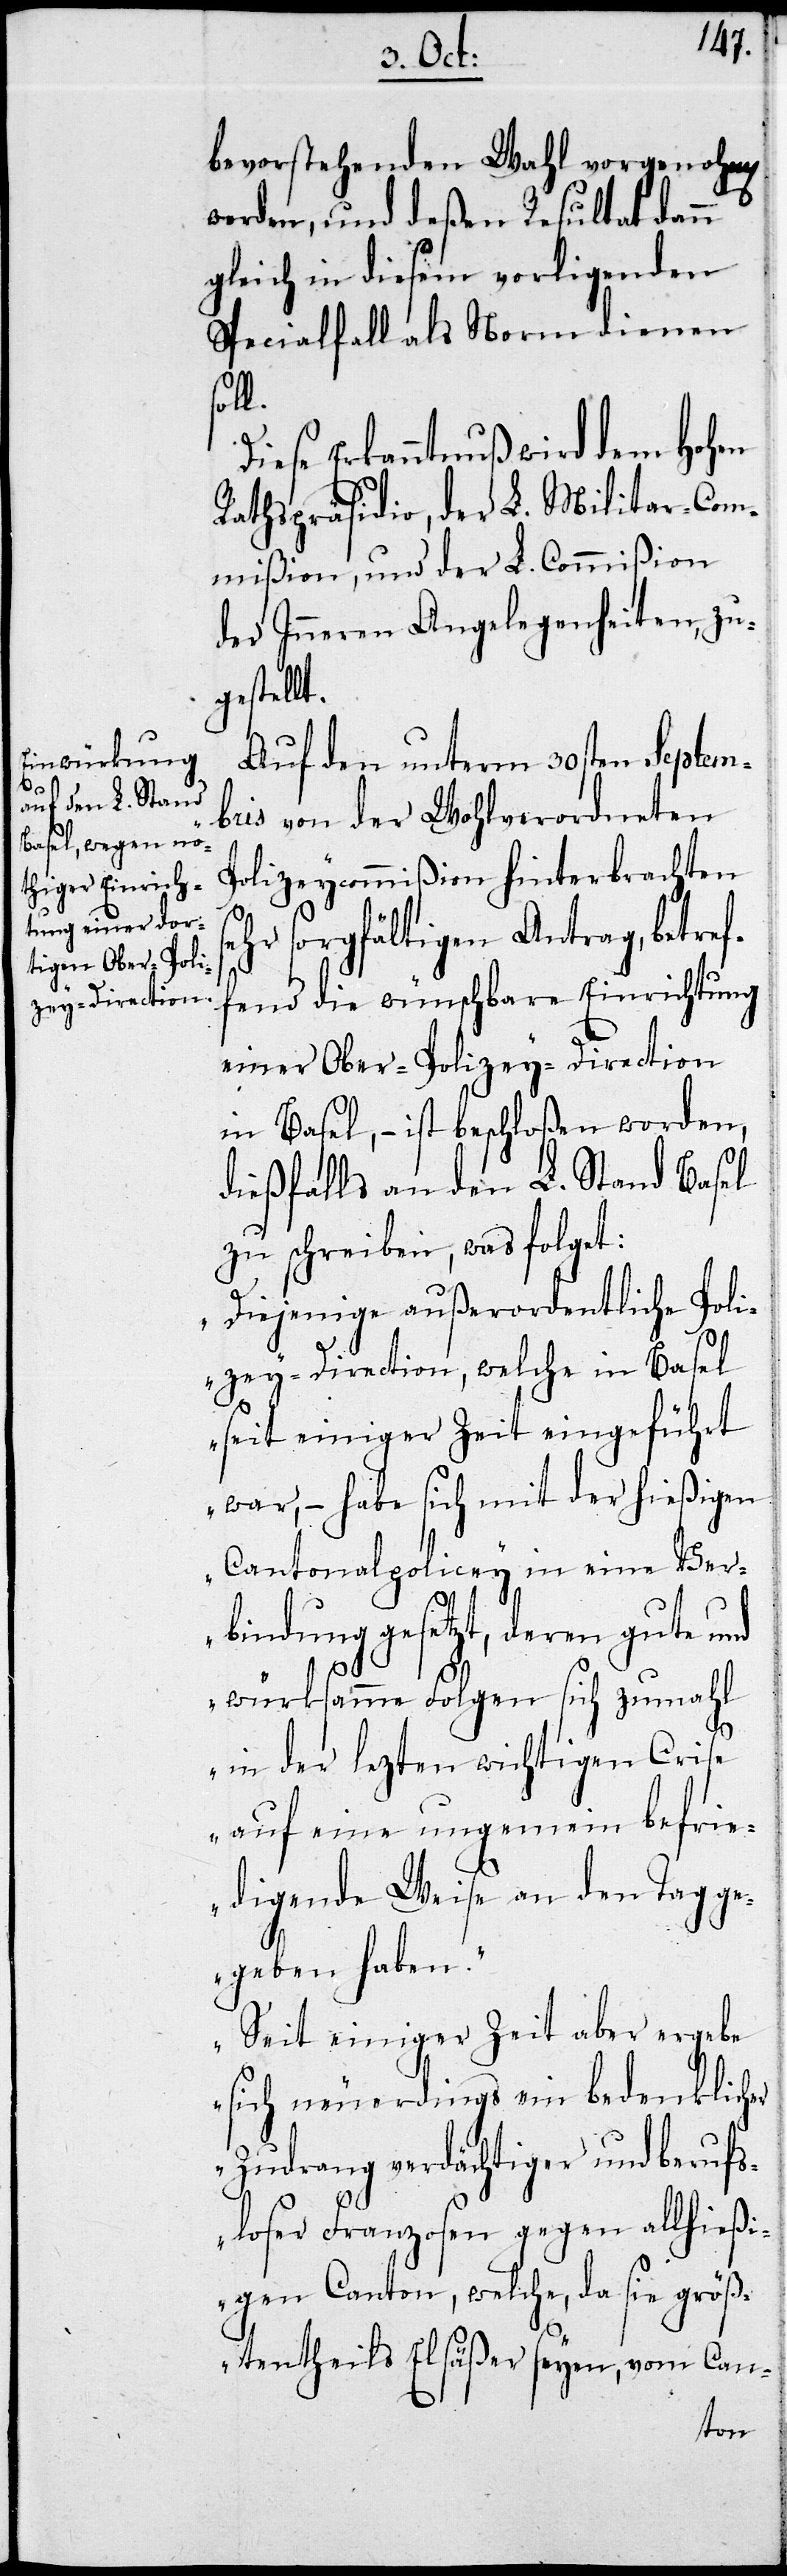
se¬

bevorstehenden Wahl vorgenohmen
werden, und deßen Resultat dann
gleich in diesem vorliegenden
Spezialfall als Norm dienen
soll.
Diese Erkanntnuß wird dem Hohen
Rathspräsidio, der L. Militar-Com¬
mißion, und der L. Commißion
der Inneren Angelegenheiten, zu¬
gestellt.
Auf den unterm 30sten Septem¬
bris von der Wohlverordneten
Polizeycommißion hinterbrachten
hr sorgfältigen Antrag, betref¬
fend die wünschbare Einrichtung
einer Ober-Polizey-Direction
in Basel, – ist beschloßen worden,
dießfalls an den L. Stand Basel
zu schreiben, was folget:
„Diejenige außerordentliche Poli¬
zey-Direction, welche in Basel
seit einiger Zeit eingeführt
war, – habe sich mit der hießigen
Cantonalpolizey in eine Ver¬
bindung gesetzt, deren gute und
würksamme Folgen sich zumahl
in der lezten wichtigen Crise
auf eine ungemein befri¬
edigende Weise an den Tag ge¬
geben haben.
Seit einiger Zeit aber ergebe
sich neuerdings ein bedenklicher
Zudrang verdächtiger und berufs¬
loser Franzosen gegen allhießi¬
gen Canton, welche, da sie größ¬
tentheils Elsäßer seyen, vom Can-